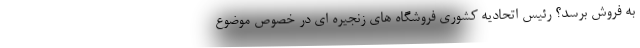
به فروش برسد؟ رئیس اتحادیه کشوری فروشگاه های زنجیره ای در خصوص موضوع